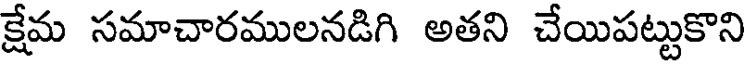
క్షేమ సమాచారములనడిగి అతని చేయిపట్టుకొని